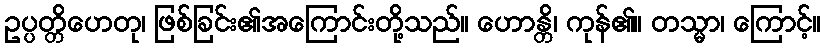
ဥပ္ပတ္တိဟေတု၊ ဖြစ်ခြင်း၏အကြောင်းတို့သည်။ ဟောန္တိ၊ ကုန်၏။ တသ္မာ၊ ကြောင့်။